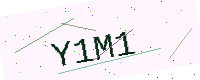
Text: Y1M1